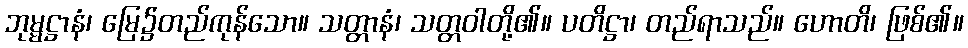
ဘုမ္မဋ္ဌာနံ၊ မြေ၌တည်ကုန်သော။ သတ္တာနံ၊ သတ္တဝါတို့၏။ ပတိဋ္ဌာ၊ တည်ရာသည်။ ဟောတိ၊ ဖြစ်၏။